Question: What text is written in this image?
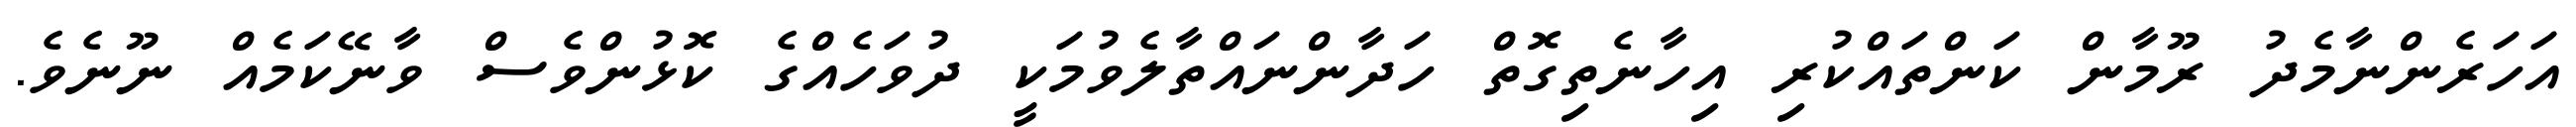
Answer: އަހަރެންނާމެދު ރޫމާން ކަންތައްކުރި އިހާނެތިގޮތް ހަދާންނައްތާލެވުމަކީ ދުވަހެއްގެ ކޮޅުންވެސް ވާނޭކަމެއް ނޫނެވެ.